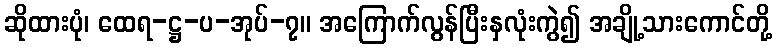
ဆိုထားပုံ၊ ထေရ-ဋ္ဌ-ပ-အုပ်-၇။ အကြောက်လွန်ပြီးနှလုံးကွဲ၍ အချို့သားကောင်တို့